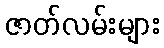
ဇာတ်လမ်းများ